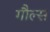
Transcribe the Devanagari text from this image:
गौल्स